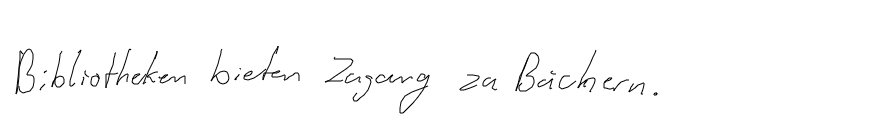
Bibliotheken bieten Zugang zu Büchern.